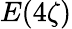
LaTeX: E(4\zeta)